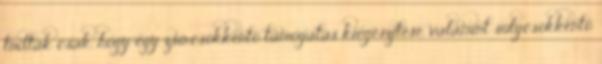
tudták csak, hogy egy zsírcsökkentő támogatás kiegészítése, valamint súlycsökkentő